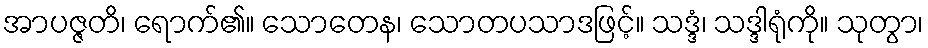
အာပဇ္ဇတိ၊ ရောက်၏။ သောတေန၊ သောတပသာဒဖြင့်။ သဒ္ဒံ၊ သဒ္ဒါရုံကို။ သုတွာ၊